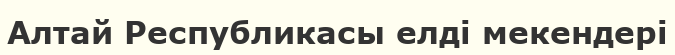
Алтай Республикасы елді мекендері